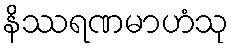
နိဿရဏမာဟံသု